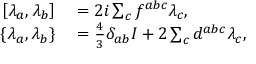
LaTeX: \begin{array} { r l } { \left[ \lambda _ { a } , \lambda _ { b } \right] } & { { } = 2 i \sum _ { c } f ^ { a b c } \lambda _ { c } , } \\ { \{ \lambda _ { a } , \lambda _ { b } \} } & { { } = { \frac { 4 } { 3 } } \delta _ { a b } I + 2 \sum _ { c } d ^ { a b c } \lambda _ { c } , } \end{array}